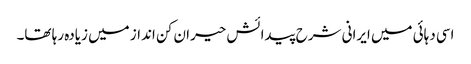
اسی دہائی میں ایرانی شرح پیدائش حیران کن انداز میں زیادہ رہا تھا۔